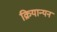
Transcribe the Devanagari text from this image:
क्रियान्यन